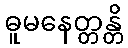
ဓူမနေတ္တန္တိ